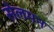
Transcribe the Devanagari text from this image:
सेलमन